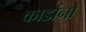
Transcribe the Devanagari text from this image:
कार्डानो